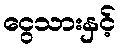
ငွေသားနှင့်